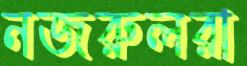
নজরুলরা